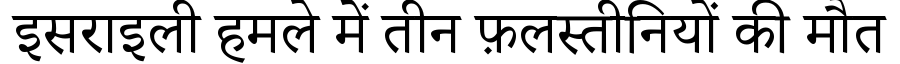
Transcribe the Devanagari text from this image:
इसराइली हमले में तीन फ़लस्तीनियों की मौत